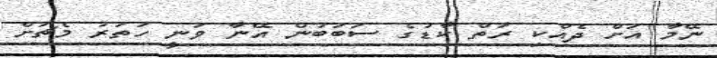
ނޭމާ އަށް ދެއްކި ރަތް ކާޑުގެ ސަބަބުން އޭނާ ވަނީ ހަތަރު މެޗަށް